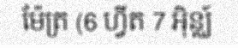
ម៉ែត្រ (6 ហ្វីត 7 អ៊ិន្ឈ៍